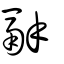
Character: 𩰫